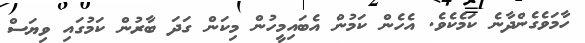
ހާމަވެގެންދާނެ ކަމެކެވެ. އެހެން ކަމުން އެބައިމީހުން މިކަން ގަދަ ބާރުން ކަމުގައި ވިޔަސް